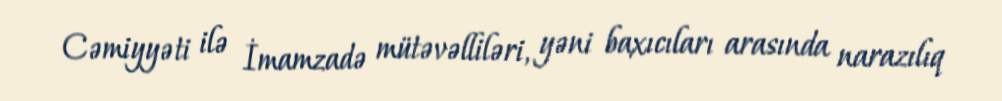
Cəmiyyəti ilə İmamzadə mütəvəlliləri, yəni baxıcıları arasında narazılıq